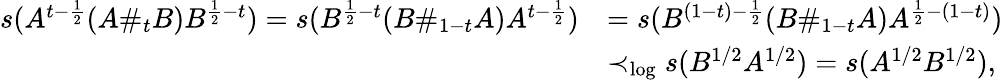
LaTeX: \begin{array}{rl}{s(A^{t-\frac{1}{2}}(A\# _{t}B)B^{\frac{1}{2}-t})=s(B^{\frac{1}{2}-t}(B\# _{1-t}A)A^{t-\frac{1}{2}})}&{=s(B^{(1-t)-\frac{1}{2}}(B\# _{1-t}A)A^{\frac{1}{2}-(1-t)})}\\ &{\prec_{\log}s(B^{1/2}A^{1/2})=s(A^{1/2}B^{1/2}),}\end{array}